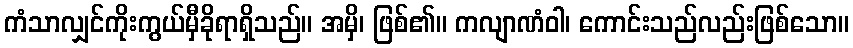
ကံသာလျှင်ကိုးကွယ်မှီခိုရာရှိသည်။ အမှိ၊ ဖြစ်၏။ ကလျာဏံဝါ၊ ကောင်းသည်လည်းဖြစ်သော။